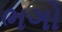
ભગો